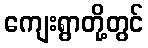
ကျေးရွာတို့တွင်